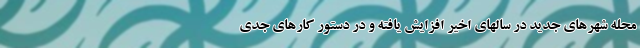
محله شهرهای جدید در سالهای اخیر افزایش یافته و در دستور کارهای جدی